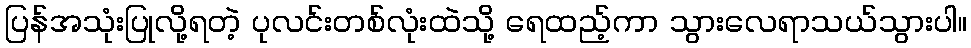
ပြန်အသုံးပြုလို့ရတဲ့ ပုလင်းတစ်လုံးထဲသို့ ရေထည့်ကာ သွားလေရာသယ်သွားပါ။